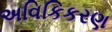
અવિકિકરણ